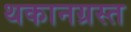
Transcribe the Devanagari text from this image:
थकानग्रस्त